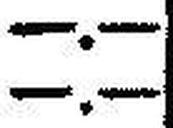
—.—